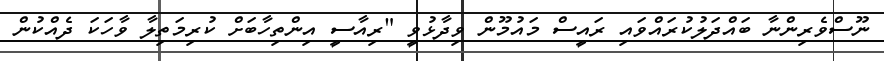
ނޫސްވެރިންނާ ބައްދަލުކުރައްވައި ރައީސް މައުމޫން ވިދާޅުވީ "ރިއާސީ އިންތިހާބަށް ކުރިމަތިލާ ވާހަކަ ދެއްކުން